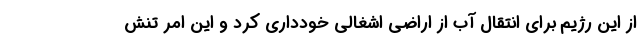
از این رژیم برای انتقال آب از اراضی اشغالی خودداری کرد و این امر تنش